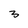
Character: 3